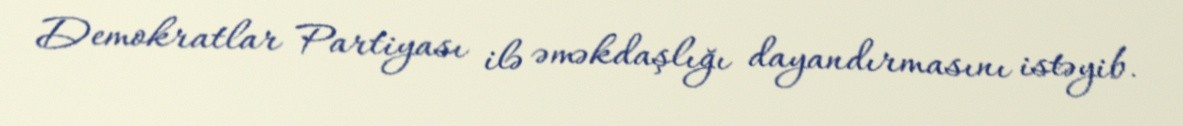
Demokratlar Partiyası ilə əməkdaşlığı dayandırmasını istəyib.